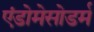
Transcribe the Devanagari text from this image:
एंडोमेसोडर्म